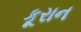
કૂરાન